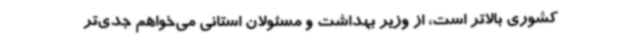
کشوری بالاتر است، از وزیر بهداشت و مسئولان استانی می‌خواهم جدی‌تر